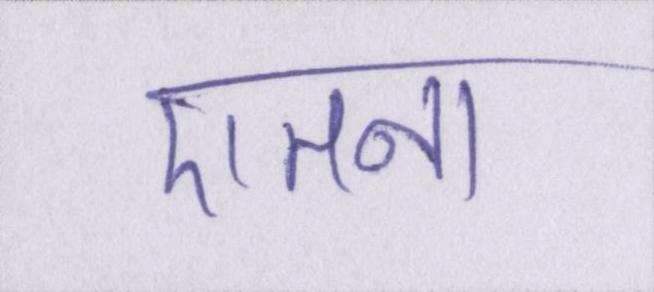
एतना